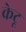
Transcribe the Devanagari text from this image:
केटू